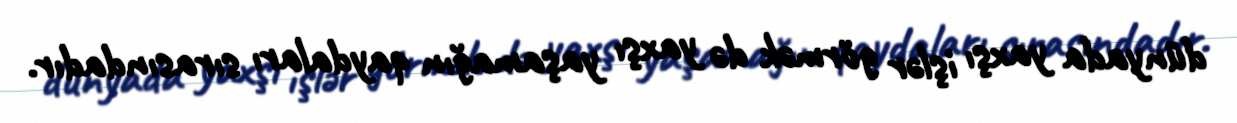
dünyada yaxşı işlər görmək də yaxşı yaşamağın qaydaları sırasındadır.